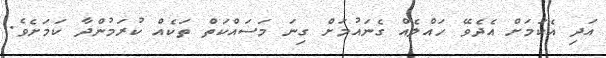
އަދި އެކަމަށް އެދެވޭ ހައްލެއް ގެނައުމަށް ގިނަ މަސައްކަތް ތަކެއް ކުރަމުންދާ ކަމަށެވެ.